Indian journal of veterinary science and animal husbandry - Volume 12,
Year: 1942
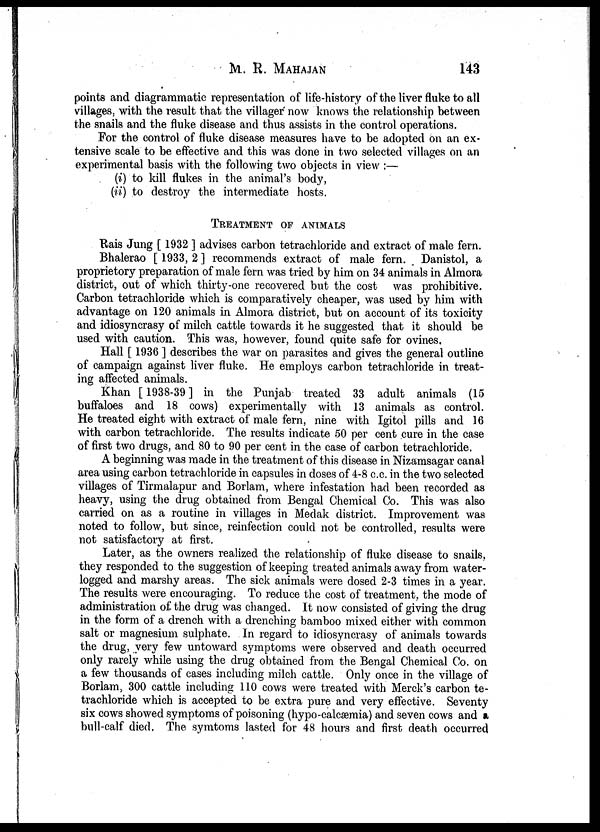
M. R. MAHAJAN 143
points and diagrammatic representation of life-history of the liver fluke to all
villages, with the result that the villager now knows the relationship between
the snails and the fluke disease and thus assists in the control operations.
For the control of fluke disease measures have to be adopted on an ex-
tensive scale to be effective and this was done in two selected villages on an
experimental basis with the following two objects in view :—
(i)'to kill flukes in the animal's body,
(ii) to destroy the intermediate hosts,
TREATMENT OF ANIMALS
Rais Jung [ 1932 ] advises carbon tetrachloride and extract of male fern.
Bhalerao [ 1933, 2 ] recommends extract of male fern. Danistol, a
proprietory preparation of male fern was tried by him on 34 animals in Almora
district, out of which thirty-one recovered but the cost was prohibitive.
Carbon tetrachloride which is comparatively cheaper, was used by him with
advantage on 120 animals in Almora district, but on account of its toxicity
and idiosyncrasy of milch cattle towards it he suggested that it should be
used with caution. This was, however, found quite safe for ovines.
Hall [ 1936 ] describes the war on parasites and gives the general outline
of campaign against liver fluke. He employs carbon tetrachloride in treat-
ing affected animals.
Khan [ 1938-39 ] in the Punjab treated 33 adult animals (15
buffaloes and 18 cows) experimentally with 13 animals as control.
He treated eight with extract of male fern, nine with Igitol pills and 16
with carbon tetrachloride. The results indicate 50 per cent cure in the case
of first two drugs, and 80 to 90 per cent in the case of carbon tetrachloride.
A beginning was made in the treatment of this disease in Nizamsagar canal
area using carbon tetrachloride in capsules in doses of 4-8 c.c. in the two selected
villages of Tirmalapur and Borlam, where infestation had been recorded as
heavy, using the drug obtained from Bengal Chemical Co. This was also
carried on as a routine in villages in Medak district. Improvement was
noted to follow, but since, reinfection could not be controlled, results were
not satisfactory at first.
Later, as the owners realized the relationship of fluke disease to snails,
they responded to the suggestion of keeping treated animals away from water-
logged and marshy areas. The sick animals were dosed 2-3 times in a year.
The results were encouraging. To reduce the cost of treatment, the mode of
administration of the drug was changed. It now consisted of giving the drug
in the form of a drench with a drenching bamboo mixed either with common
salt or magnesium sulphate. In regard to idiosyncrasy of animals towards
the drug, very few untoward symptoms were observed and death occurred
only rarely while using the drug obtained from the Bengal Chemical Co. on
a few thousands of cases including milch cattle. Only once in the village of
Borlam, 300 cattle including 110 cows were treated with Merck's carbon te-
trachloride which is accepted to be extra pure and very effective. Seventy
six cows showed symptoms of poisoning (hypo-calcsemia) and seven cows and A
bull-calf died. The symtoms lasted for 48 hours and first death occurred